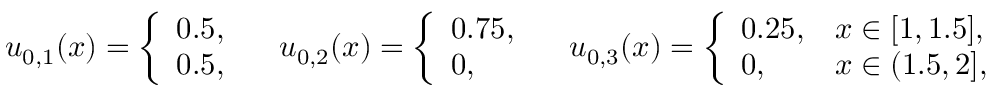
\begin{array} { r } { { u } _ { 0 , 1 } ( x ) = \left\{ \begin{array} { l l } { 0 . 5 , } \\ { 0 . 5 , } \end{array} \right. \quad { u } _ { 0 , 2 } ( x ) = \left\{ \begin{array} { l l } { 0 . 7 5 , } \\ { 0 , } \end{array} \right. \quad { u } _ { 0 , 3 } ( x ) = \left\{ \begin{array} { l l } { 0 . 2 5 , } & { x \in [ 1 , 1 . 5 ] , } \\ { 0 , } & { x \in ( 1 . 5 , 2 ] , } \end{array} \right. } \end{array}